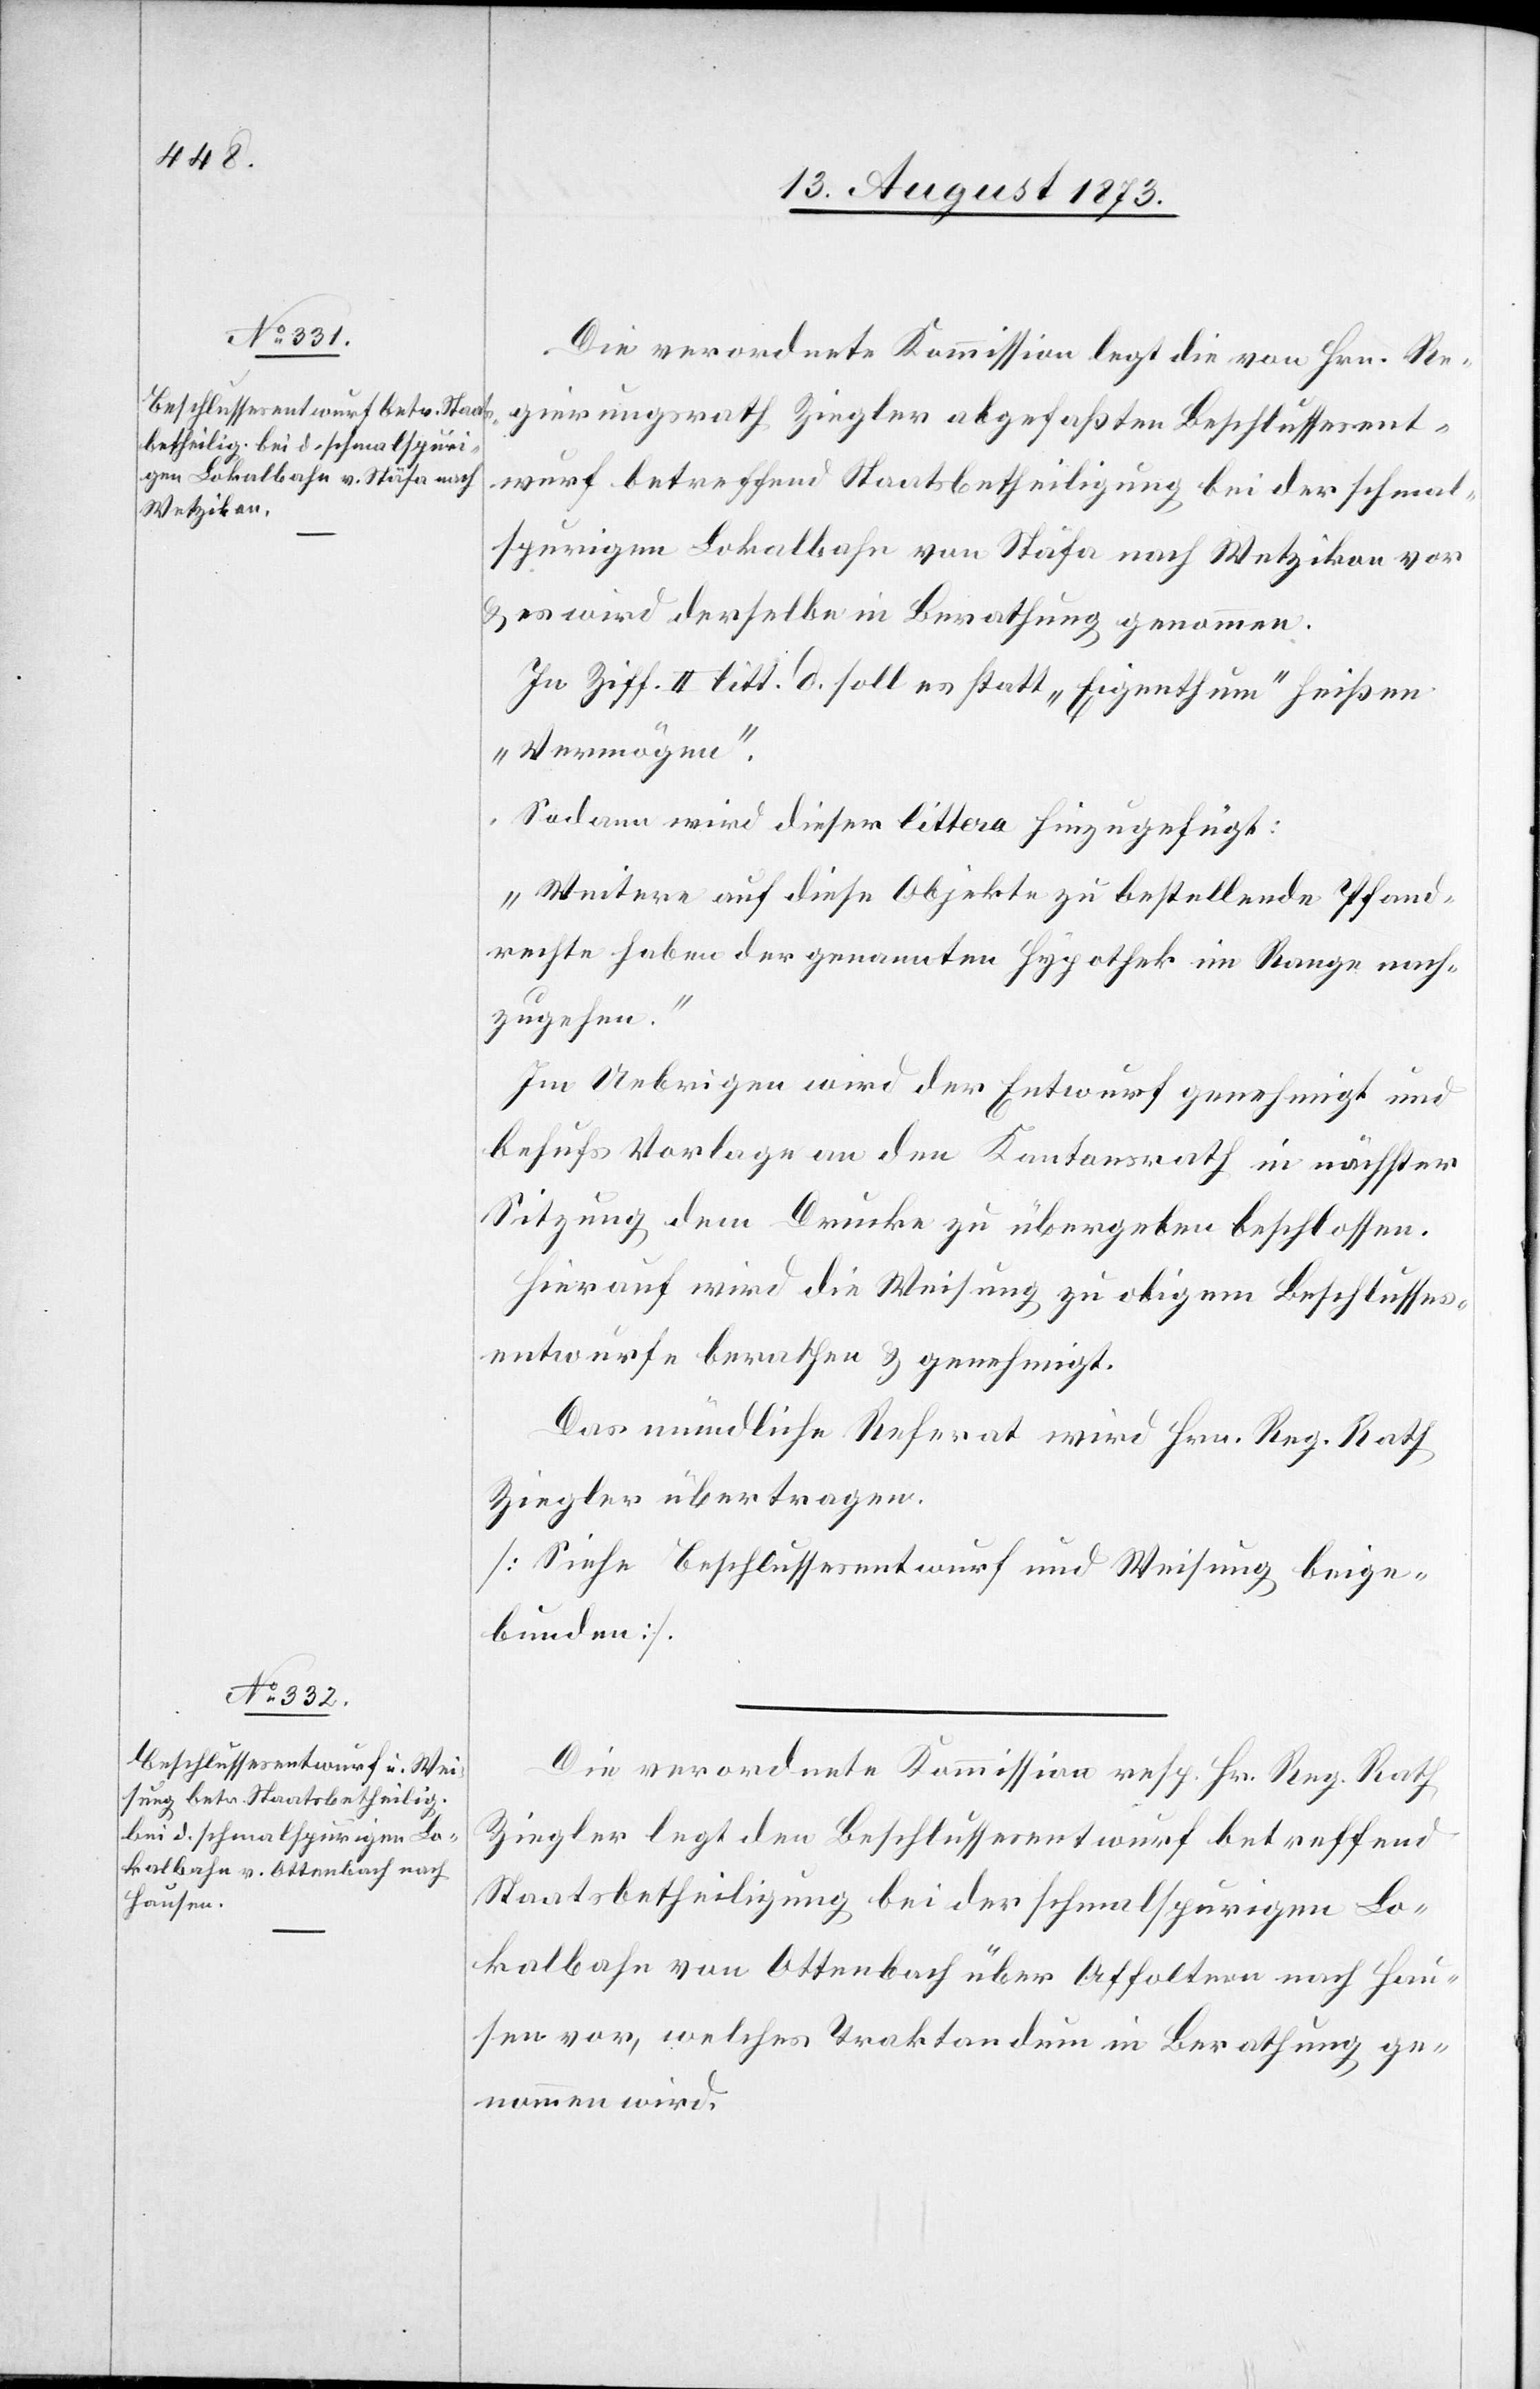
Die verordnete Kommission legt die [sic!] von Hrn. Re¬
gierungsrath Ziegler abgefaßten Beschlussesent¬
wurf betreffend Staatsbetheiligung bei der schmal¬
spurigen Lokalbahn von Stäfa nach Wetzikon vor
& es wird derselbe in Berathung genommen.
In Ziff. II litt. d. soll es statt „Eigenthum“ heißen
„Vermögen“.
Sodann wird dieser littera hinzugefügt:
„Weitere auf diese Objekte zu bestellende Pfand¬
rechte haben der genannten Hypothek im Range nach¬
zugehen.“
Im Uebrigen wird der Entwurf genehmigt und
behufs Vorlage an den Gemeindrath in nächster
Sitzung dem Drucke zu übergeben beschlossen.
Hierauf wird die Weisung zu obigem Beschlusses¬
entwurfe berathen & genehmigt.
Das mündliche Referat wird Hrn. Reg. Rath
Ziegler übertragen.
[Siehe Beschlussesentwurf und Weisung beige¬
bunden].
Die verordnete Kommission resp. Hr. Reg. Rath
Ziegler legt den Beschlussesentwurf betreffend
Staatsbetheiligung bei der schmalspurigen Lo¬
kalbahn von Ottenbach über Affoltern nach Hau¬
sen vor, welches Traktandum in Berathung ge¬
nommen wird.